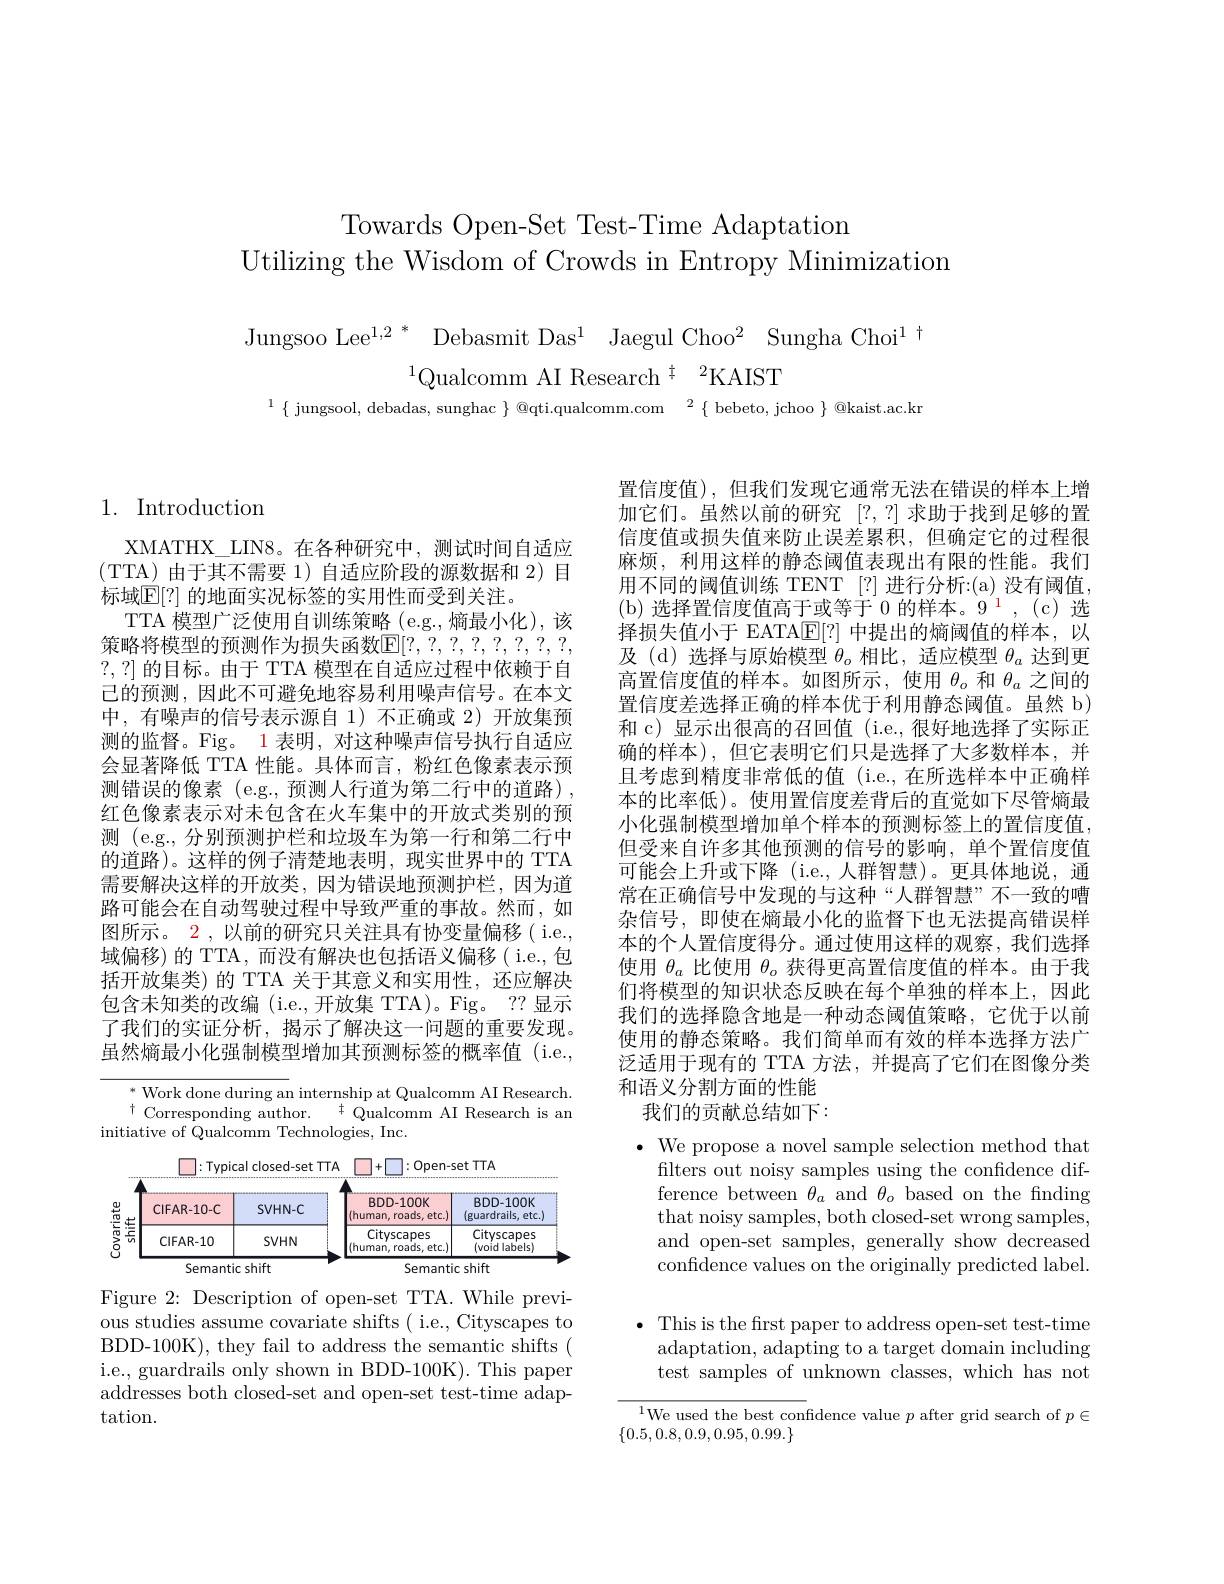
Towards Open-Set Test-Time Adaptation
Utilizing the Wisdom of Crowds in Entropy Minimization

Jungsoo Lee$^{1,2}*$ Debasmit Das$^1$ Jaegul Choo$^2$ Sungha Choi$^1$ tQualcomm AI Research$^{\dagger}$ $^2$KAIST
$^{1}\{$ jungsool, debadas, sunghac $\}\text{@qti.qualcomm.com}^2\{$ bebeto, jchoo $\}$ @kaist.ac.kr

## 1. Introduction

XMATHX\_LIN8。在各种研究中，测试时间自适应(TTA)由于其不需要1)自适应阶段的源数据和 2)目标域$\mathbb{E}[?]$ 的地面实况标签的实用性而受到关注。
TTA 模型广泛使用自训练策略(e.g.,熵最小化),该策略将模型的预测作为损失函数$\mathbb{E}[?,?,?,?,?,?,?,?$, ?,?]的目标。由于 TTA 模型在自适应过程中依赖于自已的预测，因此不可避免地容易利用噪声信号。在本文中，有噪声的信号表示源自 1)不正确或 2)开放集预测的监督。Fig。1 表明，对这种噪声信号执行自适应会显著降低 TTA 性能。具体而言，粉红色像素表示预测错误的像素 (e.g.,预测人行道为第二行中的道路) , 红色像素表示对未包含在火车集中的开放式类别的预测 (e.g.,分别预测护栏和垃圾车为第一行和第二行中的道路)。这样的例子清楚地表明，现实世界中的 TTA 需要解决这样的开放类，因为错误地预测护栏，因为道路可能会在自动驾驶过程中导致严重的事故。然而，如图所示。2 , 以前的研究只关注具有协变量偏移( i.e., 域偏移)的 TTA, 而没有解决也包括语义偏移( i.e.,包括开放集类) 的 TTA 关于其意义和实用性，还应解决包含未知类的改编(i.e.,开放集 TTA)。Fig。??显示了我们的实证分析，揭示了解决这一问题的重要发现。虽然熵最小化强制模型增加其预测标签的概率值 (i.e.,

$^*$ Work done during an internship at Qualcomm AI Research. $^{\dagger}$Corresponding author.$^{\dagger}$Qualcomm AI Research is an
initiative of Qualcomm Technologies, Inc.

Open-set TTA
Typical closed-set TTA
<table>
	<tbody>
		<tr>
			<th> +</th>
			<th>CIFAR-10-C</th>
			<th>SVHN-C</th>
			<th>BDD-100K (human,roads,etc.)</th>
			<th>BDD-100K (guardrails, etc.</th>
		</tr>
		<tr>
			<td>$\sum_{0}^{\overleftarrow{\varpi}}$ $\frac{5}{5}$</td>
			<td>CIFAR-10</td>
			<td>$SVHN$</td>
			<td>Cityscapes (human, roads, etc.)</td>
			<td>Cityscapes (void labels)</td>
		</tr>
	</tbody>
</table>

Figure 2: Description of open-set TTA. While previous studies assume covariate shifts ( i.e., Cityscapes to BDD-100K), they fail to address the semantic shifts ( i.e., guardrails only shown in BDD-100K). This paper addresses both closed-set and open-set test-time adaptation.

置信度值),但我们发现它通常无法在错误的样本上增加它们。虽然以前的研究 [?,?]求助于找到足够的置信度值或损失值来防止误差累积，但确定它的过程很麻烦，利用这样的静态阈值表现出有限的性能。我们用不同的阈值训练 TENT [?]进行分析：(a)没有阈值， (b)选择置信度值高于或等于0的样本。9$^{\mathrm{~1}},($c)选择损失值小于 EATA$\mathbb{E}[?]$中提出的熵阈值的样本，以及(d)选择与原始模型$\theta_o$相比，适应模型$\theta_a$达到更高置信度值的样本。如图所示，使用$\theta_o$和$\theta_a$之间的置信度差选择正确的样本优于利用静态阈值。虽然 b) 和 c) 显示出很高的召回值 (i.e.,很好地选择了实际正确的样本),但它表明它们只是选择了大多数样本，并且考虑到精度非常低的值(i.e.,在所选样本中正确样本的比率低)。使用置信度差背后的直觉如下尽管熵最小化强制模型增加单个样本的预测标签上的置信度值， 但受来自许多其他预测的信号的影响，单个置信度值可能会上升或下降 (i.e.,人群智慧)。更具体地说，通常在正确信号中发现的与这种“人群智慧”不一致的嘈杂信号，即使在熵最小化的监督下也无法提高错误样本的个人置信度得分。通过使用这样的观察，我们选择使用$\theta_a$比使用$\theta_\mathrm{o}$获得更高置信度值的样本。由于我们将模型的知识状态反映在每个单独的样本上，因此我们的选择隐含地是一种动态阈值策略，它优于以前使用的静态策略。我们简单而有效的样本选择方法广泛适用于现有的 TTA 方法，并提高了它们在图像分类和语义分割方面的性能
我们的贡献总结如下：

$\bullet$ We propose a novel sample selection method that
filters out noisy samples using the confidence difference between $\theta_a$ and $\theta_o$ based on the finding that noisy samples, both closed-set wrong samples, and open-set samples, generally show decreased confidence values on the originally predicted label.

$\bullet$ This is the frst paper to address open-set test-time
adaptation, adapting to a target domain including test samples of unknown classes, which has not

$^{1}$We used the best confidence value $p$ after grid search of $p\in$
$\{0.5,0.8,0.9,0.95,0.99.\}$